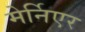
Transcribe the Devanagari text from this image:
मेर्निएर